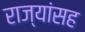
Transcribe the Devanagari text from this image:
राज्यांसह